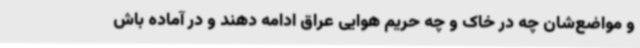
و مواضع‌شان چه در خاک و چه حریم هوایی عراق ادامه دهند و در آماده باش